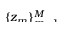
\smash { \{ z _ { m } \} _ { m = 1 } ^ { M } }